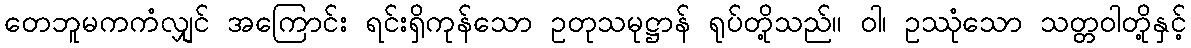
တေဘူမကကံလျှင် အကြောင်း ရင်းရှိကုန်သော ဥတုသမုဋ္ဌာန် ရုပ်တို့သည်။ ဝါ၊ ဥဿုံသော သတ္တဝါတို့နှင့်